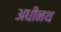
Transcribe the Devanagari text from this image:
अधीनथ